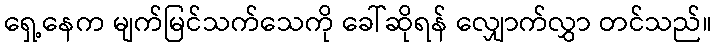
ရှေ့နေက မျက်မြင်သက်သေကို ခေါ်ဆိုရန် လျှောက်လွှာ တင်သည်။